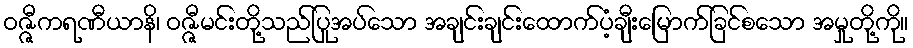
ဝဇ္ဇီကရဏီယာနိ၊ ဝဇ္ဇီမင်းတို့သည်ပြုအပ်သော အချင်းချင်းထောက်ပံ့ချီးမြောက်ခြင်စသော အမှုတို့ကို။